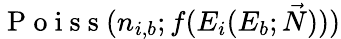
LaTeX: \mathrm{~P~o~i~s~s~}(n_{i,b};f(E_{i}(E_{b};\vec{N})))